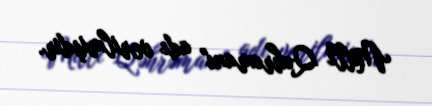
Milli Qəhrəmanı" adı verilmişdir.